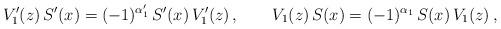
LaTeX: \begin{align*}V'_1(z)\,S'(x)=(-1)^{\alpha'_1}\,S'(x)\,V'_1(z)\,,\qquad V_1(z)\,S(x)=(-1)^{\alpha_1}\,S(x)\,V_1(z)\,,\end{align*}